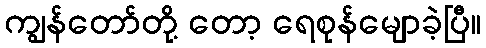
ကျွန်တော်တို့ တော့ ရေစုန်မျောခဲ့ပြီ။